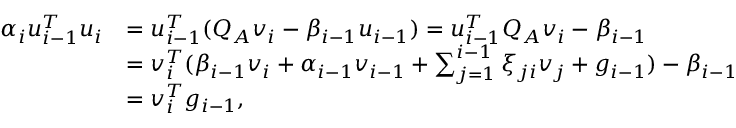
\begin{array} { r l } { \alpha _ { i } u _ { i - 1 } ^ { T } u _ { i } } & { = u _ { i - 1 } ^ { T } ( Q _ { A } v _ { i } - \beta _ { i - 1 } u _ { i - 1 } ) = u _ { i - 1 } ^ { T } Q _ { A } v _ { i } - \beta _ { i - 1 } } \\ & { = v _ { i } ^ { T } ( \beta _ { i - 1 } v _ { i } + \alpha _ { i - 1 } v _ { i - 1 } + \sum _ { j = 1 } ^ { i - 1 } \xi _ { j i } v _ { j } + g _ { i - 1 } ) - \beta _ { i - 1 } } \\ & { = v _ { i } ^ { T } g _ { i - 1 } , } \end{array}